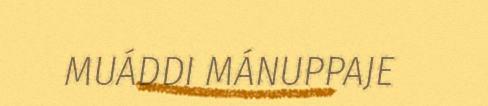
MUÁDDI MÁNUPPAJE